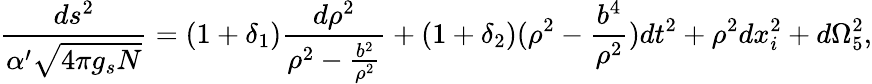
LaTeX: \frac{ds^{2}}{\alpha^{\prime}\sqrt{4\pi g_{s}N}}=(1+\delta_{1})\frac{d\rho^{2}}{\rho^{2}-\frac{b^{2}}{\rho^{2}}}+(1+\delta_{2})(\rho^{2}-\frac{b^{4}}{\rho^{2}})dt^{2}+\rho^{2}dx_{i}^{2}+d\Omega_{5}^{2},